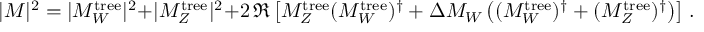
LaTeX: | { \cal M } | ^ { 2 } = | { \cal M } _ { W } ^ { \mathrm { t r e e } } | ^ { 2 } + | { \cal M } _ { Z } ^ { \mathrm { t r e e } } | ^ { 2 } + 2 \, \Re \left[ { \cal M } _ { Z } ^ { \mathrm { t r e e } } ( { \cal M } _ { W } ^ { \mathrm { t r e e } } ) ^ { \dagger } + \Delta { \cal M } _ { W } \left( ( { \cal M } _ { W } ^ { \mathrm { t r e e } } ) ^ { \dagger } + ( { \cal M } _ { Z } ^ { \mathrm { t r e e } } ) ^ { \dagger } \right) \right] \, .